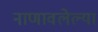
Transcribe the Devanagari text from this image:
नाणावलेल्या